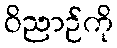
ဝိညာဉ်ကို